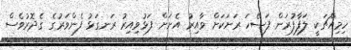
ހިމިއްޗަކީ ލަފާފުރަން ފަސޭހަ ރަށަކަށް ވާއިރު އެށަށް ފަޅުވިއިރު ރަނގަޅު ފެންވަރުގެ ގެދޮރުވެސް